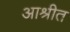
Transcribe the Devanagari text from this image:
आश्रीत